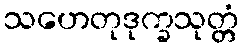
သဟေတုဒုက္ခသုတ္တံ